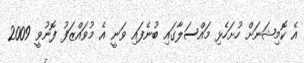
އެ ކޮމިޝަނަށް ހުށަހެޅި މައްސަލާގައި ބުނެފައި ވަނީ އެ މުވައްޒަފު ފޮނުވީ 2009